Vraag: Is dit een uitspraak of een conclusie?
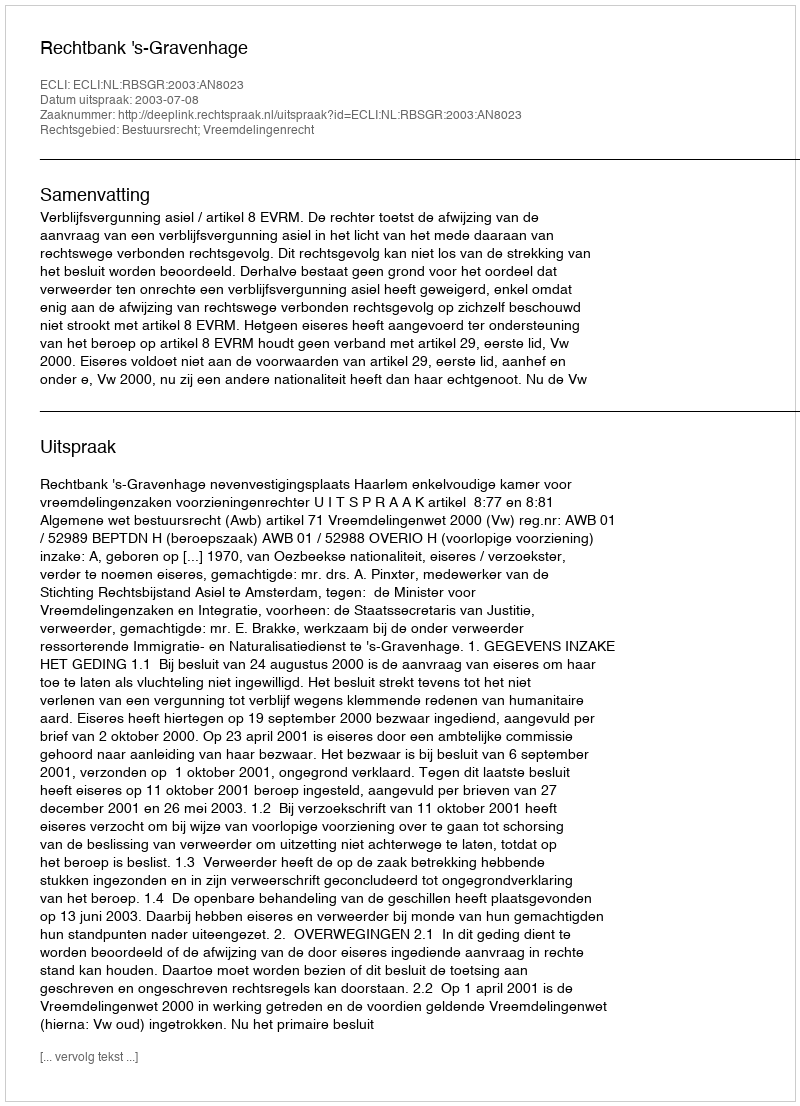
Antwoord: Uitspraak